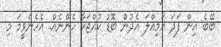
ބޭބެ އިން ފަދަ އަމިއްލަ އެދުން ބޮޑު ކުއްޖަކާ ހެންނެއް. އެހެންވީމަ މި